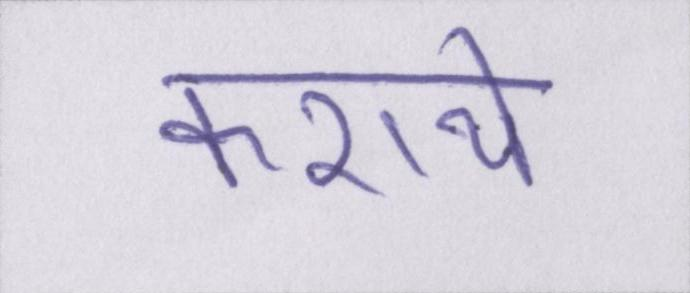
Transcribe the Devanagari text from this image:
कराये